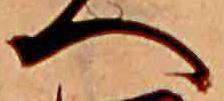
へ